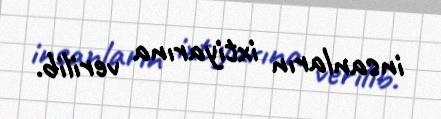
insanların ixtiyarına verilib.